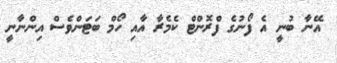
އޭނާ ބުނީ އެ ފޯނުގެ ފްރޮންޓް ކެމެރާ އާއި ހޯމް ބަޓަންވެސް އިންނާނީ